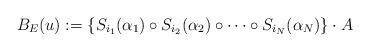
LaTeX: \begin{align*}B_E(u):=\{S_{i_1}(\alpha_1)\circ S_{i_2}(\alpha_2)\circ\dots\circ S_{i_N}(\alpha_N)\}\cdot A\end{align*}